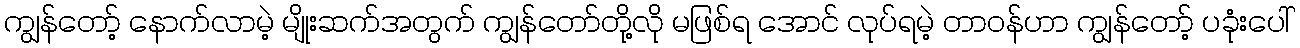
ကျွန်တော့် နောက်လာမဲ့ မျိုးဆက်အတွက် ကျွန်တော်တို့လို မဖြစ်ရ အောင် လုပ်ရမဲ့ တာဝန်ဟာ ကျွန်တော့် ပခုံးပေါ်